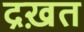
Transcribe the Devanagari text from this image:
द्रख़त